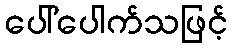
ပေါ်ပေါက်သဖြင့်